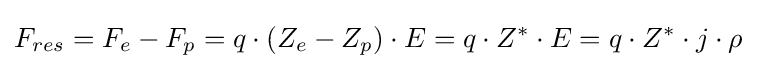
F_{res}=F_{e}-F_{p}=q\cdot (Z_{e}-Z_{p})\cdot E=q\cdot Z^{*}\cdot E=q\cdot Z^{*}\cdot j\cdot \rho